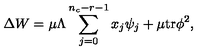
\Delta W = \mu \Lambda \sum _ { j = 0 } ^ { n _ { c } - r - 1 } x _ { j } \psi _ { j } + \mu \mathrm { t r } \phi ^ { 2 } ,